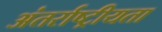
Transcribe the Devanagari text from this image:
अंतर्राष्ट्रीयता